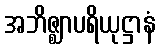
အဘိဇ္ဈာပရိယုဋ္ဌာနံ